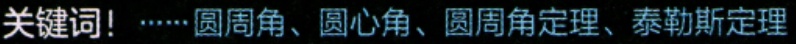
关键词！……圆周角、圆心角、圆周角定理、泰勒斯定理